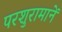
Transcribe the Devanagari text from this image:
परशुरामानें